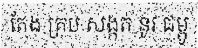
តែង គ្រប សង្កត់ នូវ ជម្ពូ